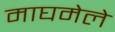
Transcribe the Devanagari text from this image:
माघमेले